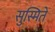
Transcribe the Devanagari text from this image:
सुस्मिते